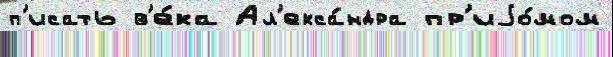
п'исать в'е́ка Ал'екса́ндра пр'иjо́мом